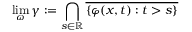
\operatorname* { l i m } _ { \omega } \gamma : = \bigcap _ { s \in \mathbb { R } } { \overline { { \{ \varphi ( x , t ) : t > s \} } } }